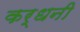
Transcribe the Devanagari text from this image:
कर्धनी